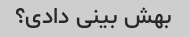
بهش بینی دادی؟